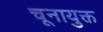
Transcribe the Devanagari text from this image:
चूनायुक्त